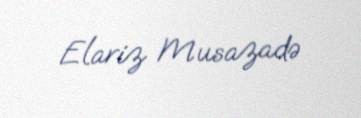
Elariz Musazadə